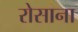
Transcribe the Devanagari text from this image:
रोसाना